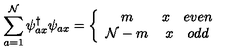
\sum _ { a = 1 } ^ { \cal N } \psi _ { a x } ^ { \dagger } \psi _ { a x } = \left\{ \begin{array} { c c } { m } & { x \quad e v e n } \\ { { \cal N } - m } & { x \quad o d d } \\ \end{array} \right.